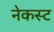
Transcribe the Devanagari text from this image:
नेकस्ट